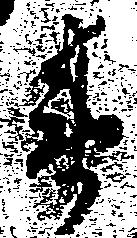
衛